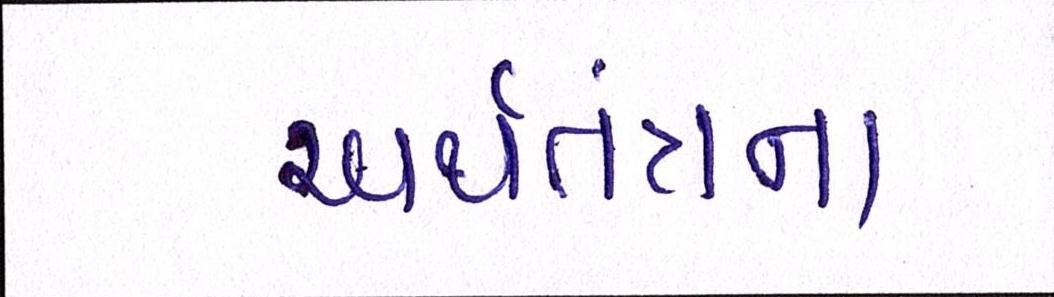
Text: અર્થતંત્રના